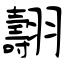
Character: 翿